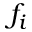
f _ { i }